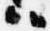
ハ